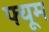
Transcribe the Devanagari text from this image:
फ्यूम